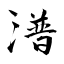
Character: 潽